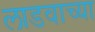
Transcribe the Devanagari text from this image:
लाडवाच्या